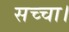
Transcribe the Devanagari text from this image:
सच्चा।